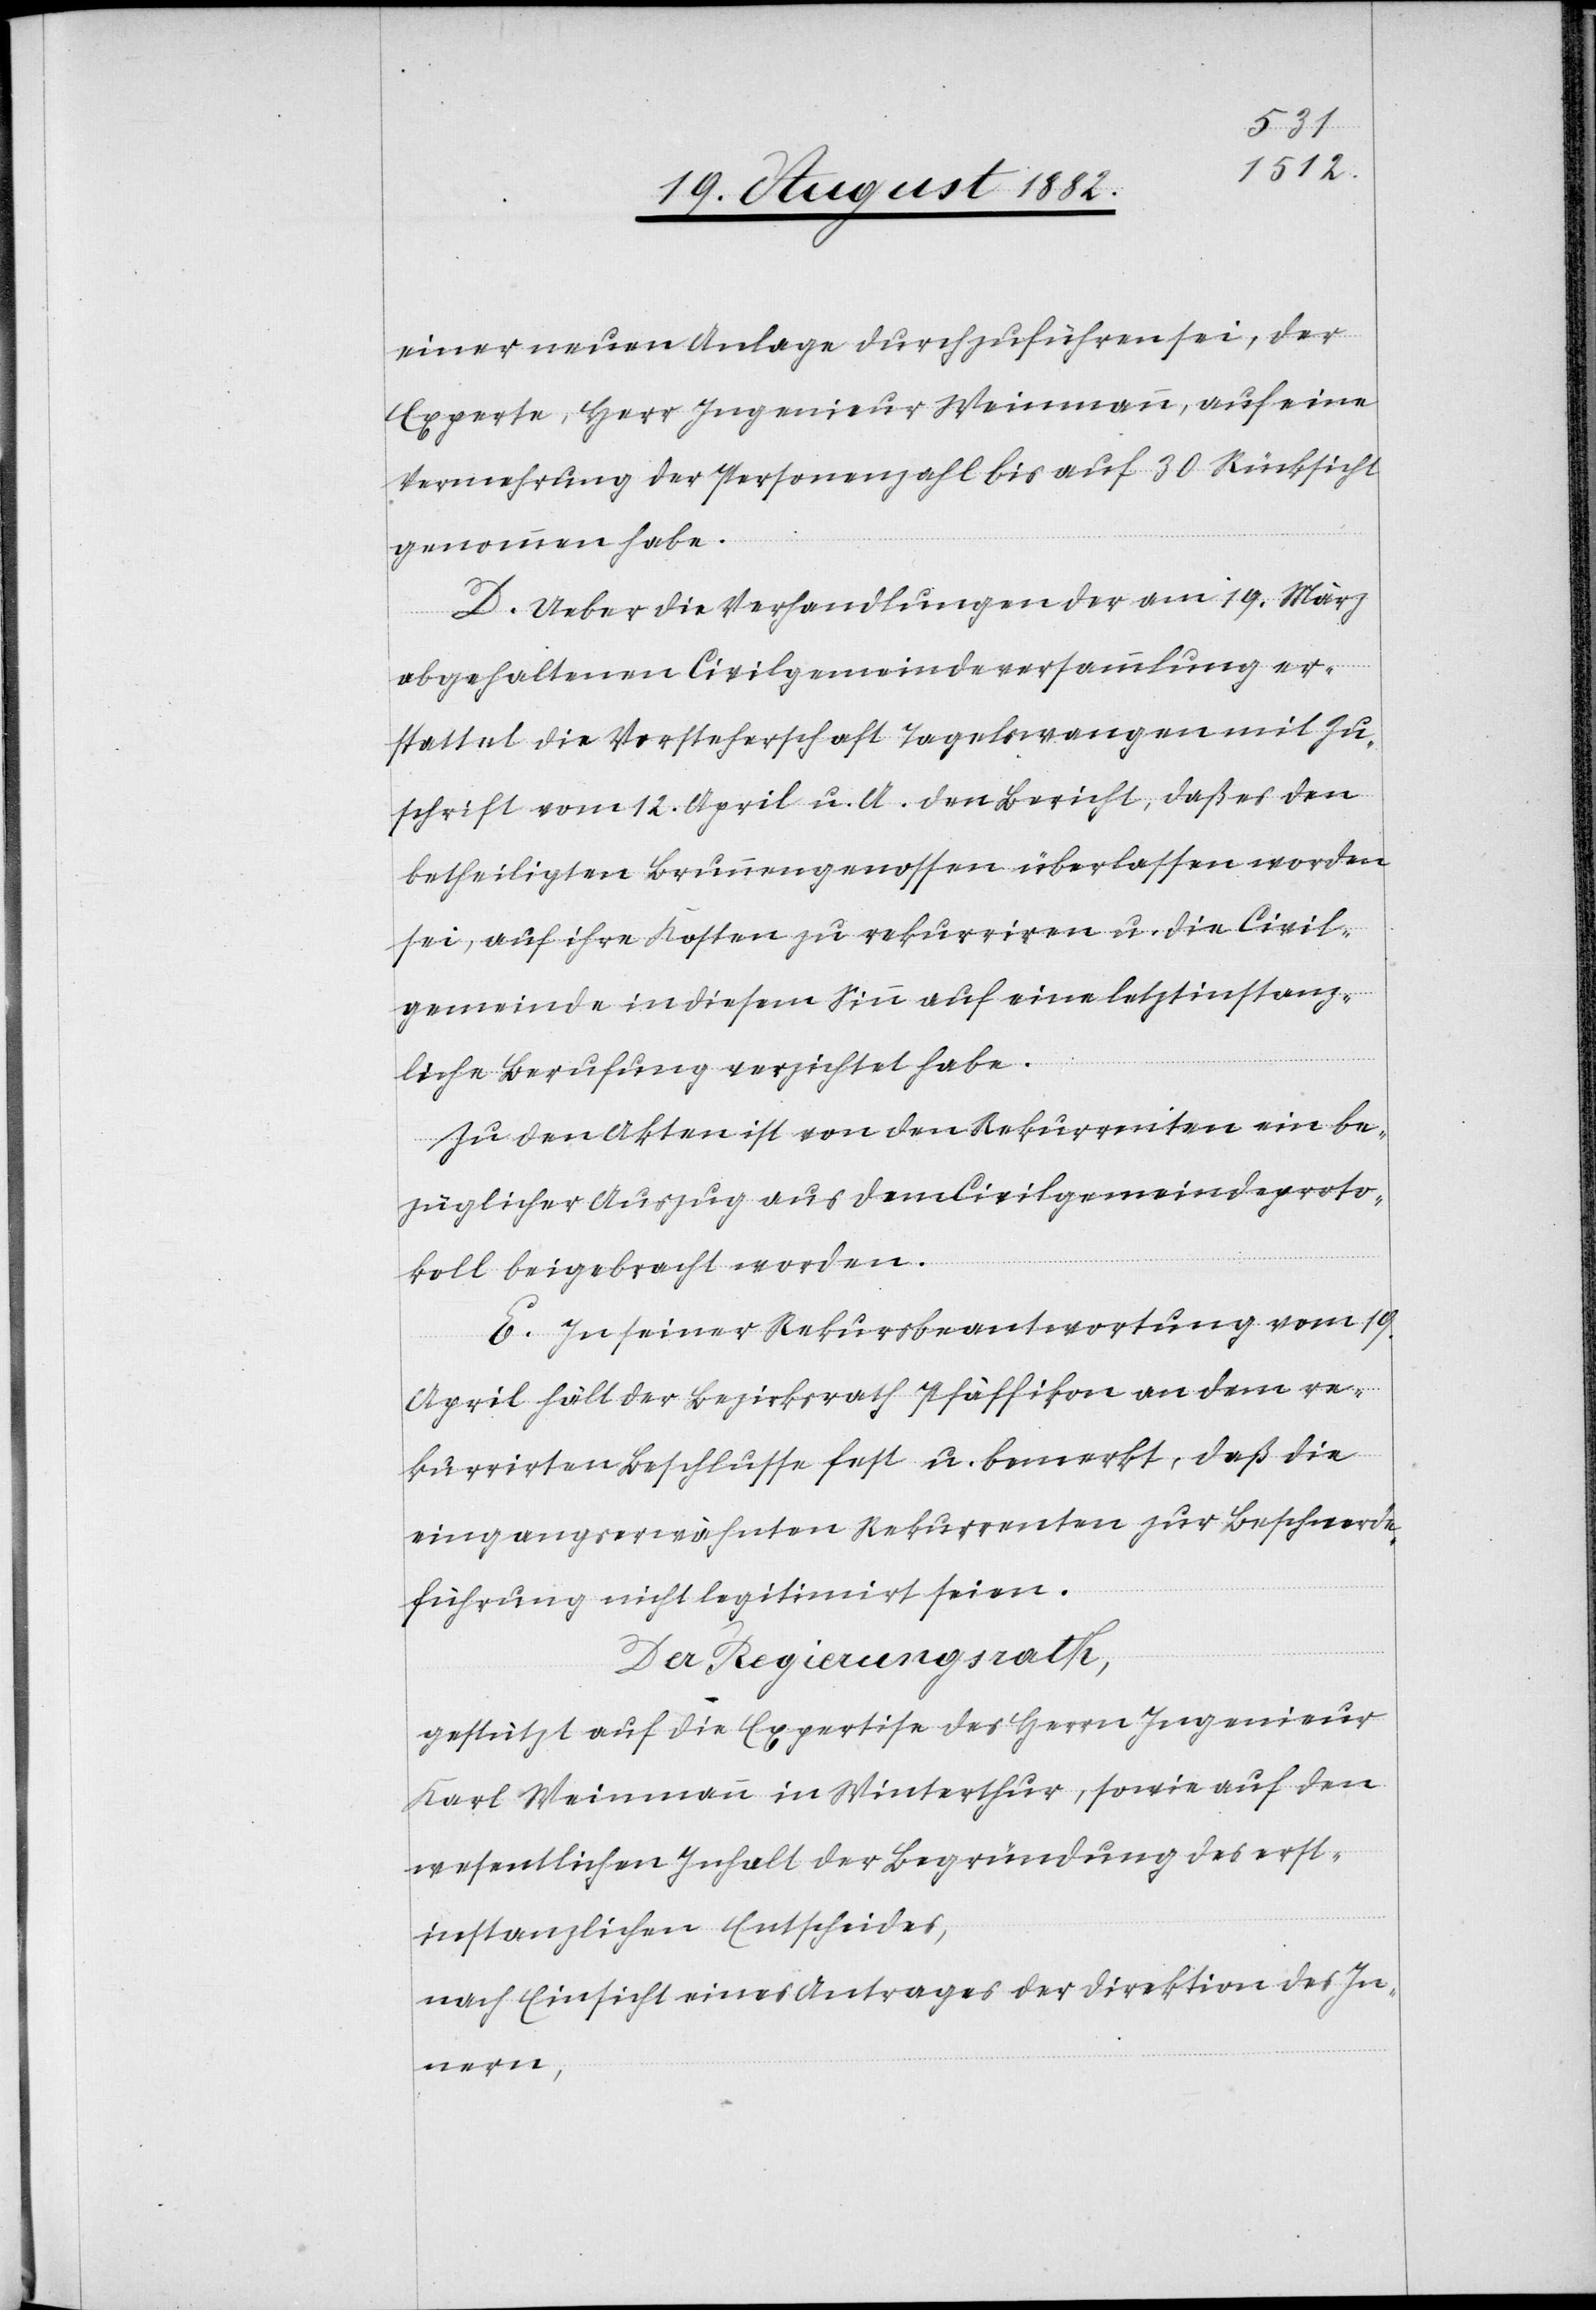
einer neuen Anlage durchzuführen sei, der
Experte, Herr Ingenieur Weinmann, auf eine
Vermehrung der Personenzahl bis auf 30 Rücksicht
genommen habe.
D. Ueber die Verhandlungen der am 19. März
abgehaltenen Civilgemeindeversammlung er¬
stattet die Vorsteherschaft Tagelswangen mit Zu¬
schrift vom 12. April u. A. den Bericht, daß es den
betheiligten Brunnengenossen überlassen worden
sei, auf ihre Kosten zu rekurriren u. die Civil¬
gemeinde in diesem Sinn auf eine letztinstanz¬
liche Berufung verzichtet habe.
Zu den Akten ist von den Rekurrenten ein be¬
züglicher Auszug aus dem Civilgemeindeproto¬
koll beigebracht worden.
E. In seiner Rekursbeantwortung vom 19.
April hält der Bezirksrath Pfäffikon an dem re¬
kurrirten Beschlusse fest u. bemerkt, daß die
eingangserwähnten Rekurrenten zur Beschwerde¬
führung nicht legitimirt seien.
Der Regierungsrath;
gestützt auf die Expertise des Herrn Ingenieur
Karl Weinmann in Winterthur, sowie auf den
wesentlichen Inhalt der Begründung des erst¬
instanzlichen Entscheides,
nach Einsicht eines Antrages der Direktion des In¬
nern,